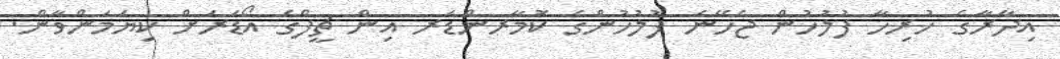
އިދާރާގެ ހުރިހާ ފުލުހުން ޖެހޭނެ ފުލުހުންގެ ކޮމާރންޑަރ އިން ޗީފްގެ އޯޑަރަށް ކިޔަމަންވާން.